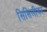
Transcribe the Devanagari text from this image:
सिसिलीवर